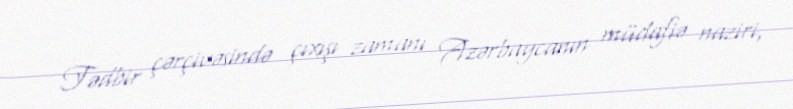
Tədbir çərçivəsində çıxışı zamanı Azərbaycanın müdafiə naziri,